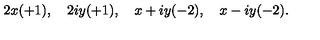
2 x ( + 1 ) , \quad 2 i y ( + 1 ) , \quad x + i y ( - 2 ) , \quad x - i y ( - 2 ) .